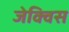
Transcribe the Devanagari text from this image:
जेक्विस